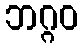
ဘဂ္ဂဝ